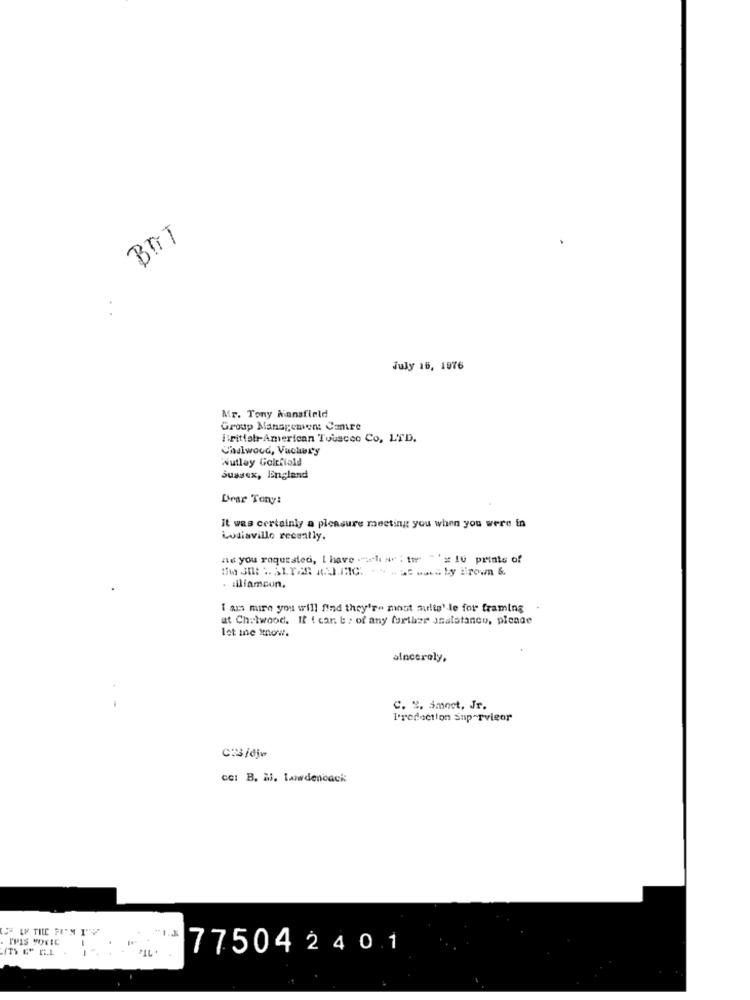
BRIT
July 16, 1976
Mr. Tony Mansfield
Group Management Camre
Frittohr-American Touscco Co. LTD.
Chalwoud, Vachery
Wutley Goltfield
Sussex, England
Drar Tony:
it was certainly a pleasure meeting you when you were in
Louisville recently.
nie you requested, I have - whe a ; tur "'x 10 prints of
iliamcon.
I am mire you will find they're most multe' le for framing
at Chelwood. It ( can t > of any further asalatanco, please
let me know.
sincerely,
C. ". Smost, Jr.
I'redection Sup-Tvigor
CH3 /djø
cc: B. il. lawdenoack
IPIS VOCIC
775042401